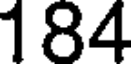
184